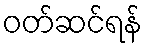
ဝတ်ဆင်ရန်